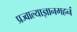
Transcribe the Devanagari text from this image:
प्रज्वाल्याज्ञानगहनं